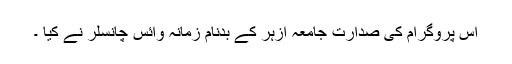
اس پروگرام کی صدارت جامعہ ازہر کے بدنام زمانہ وائس چانسلر نے کیا ۔